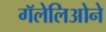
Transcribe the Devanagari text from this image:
गॅलेलिओने